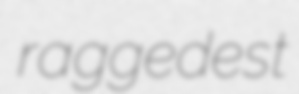
raggedest